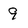
Character: 9